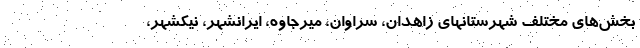
بخش‌های مختلف شهرستانهای زاهدان، سراوان، میرجاوه، ایرانشهر، نیکشهر،